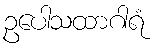
ဥပေါသထာဂါရံ